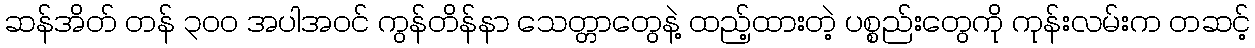
ဆန်အိတ် တန် ၃၀၀ အပါအဝင် ကွန်တိန်နာ သေတ္တာတွေနဲ့ ထည့်ထားတဲ့ ပစ္စည်းတွေကို ကုန်းလမ်းက တဆင့်